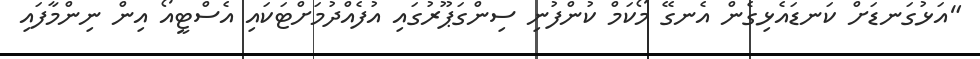
"އަޅުގަނޑަށް ކަނޑައެޅިގެން އެނގޭ މޯކަމް ކުންފުނި ސިންގަޕޫރުގައި އުފެއްދުމަށްޓަކައި އެސްޓީއޯ އިން ނިންމާފައި